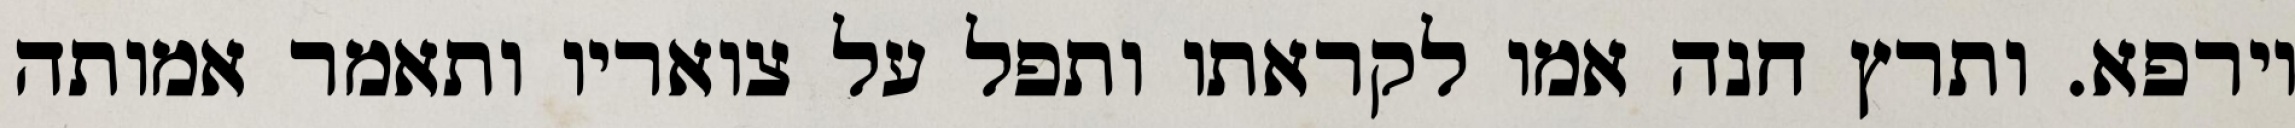
וירפא. ותרץ חנה אמו לקראתו ותפל על צואריו ותאמר אמותה